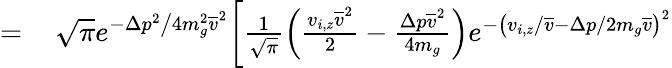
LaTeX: \begin{array}{rl}{=}&{{}\, \sqrt{\pi}e^{-\Delta p^{2}\big/4m_{g}^{2}\overline{{v}}^{2}}\bigg[\frac{1}{\sqrt{\pi}}\Big(\frac{v_{i,z}\overline{{v}}^{2}}{2}-\frac{\Delta p\overline{{v}}^{2}}{4m_{g}}\Big)e^{-\big(v_{i,z}/\overline{{v}}-\Delta p/2m_{g}\overline{{v}}\big)^{2}}}\end{array}